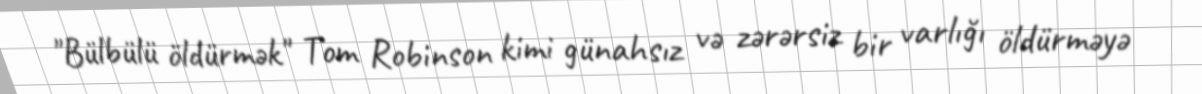
"Bülbülü öldürmək" Tom Robinson kimi günahsız və zərərsiz bir varlığı öldürməyə